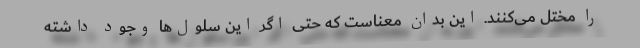
را مختل می‌کنند. این بدان معناست که حتی اگر این سلول‌ها وجود داشته